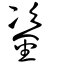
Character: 𨦠